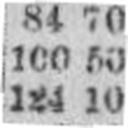
124 10